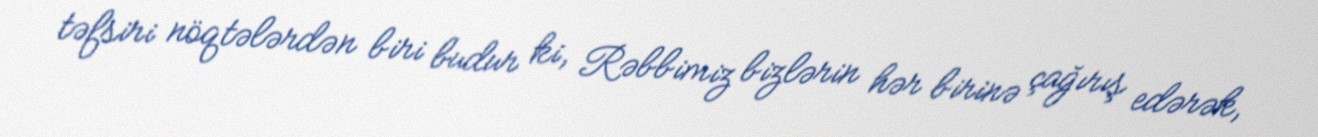
təfsiri nöqtələrdən biri budur ki, Rəbbimiz bizlərin hər birinə çağırış edərək,